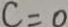
c = 0